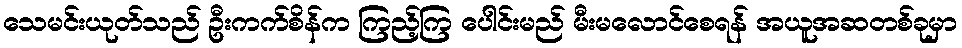
သေမင်းယုတ်သည် ဦးကက်စိန်က ကြည့်ကြ ပေါင်းမည် မီးမလောင်စေရန် အယူအဆတစ်ခုမှာ